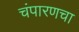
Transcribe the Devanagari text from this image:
चंपारणचा